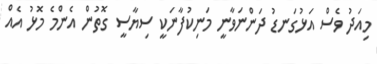
މިއަދު ވެސް އަޅުގަނޑު ދަންނަވާނީ މަނިކުފާނަކީ ސިޔާސީ ގޮތުން އެންމެ މޮޅު އެއް